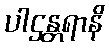
ပါဌန္တရာနိ